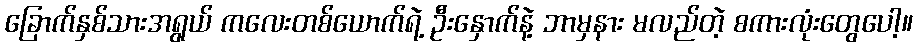
ခြောက်နှစ်သားအရွယ် ကလေးတစ်ယောက်ရဲ့ ဦးနှောက်နဲ့ ဘာမှနား မလည်တဲ့ စကားလုံးတွေပေါ့။